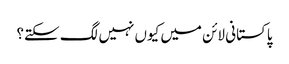
پاکستانی لائن میں کیوں نہیں لگ سکتے؟